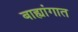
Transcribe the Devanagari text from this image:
बाह्यांगात